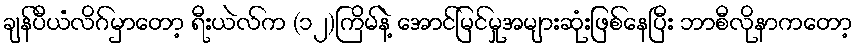
ချန်ပီယံလိဂ်မှာတော့ ရီးယဲလ်က (၁၂)ကြိမ်နဲ့ အောင်မြင်မှုအများဆုံးဖြစ်နေပြီး ဘာစီလိုနာကတော့